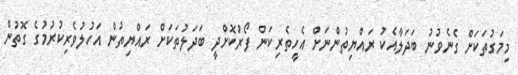
މިމަގުތަކަށް ގެނެވުނު ބަދަލާއެކު ރައްޔިތުންނަށް އެހީތެރިކަން ފޯރުކޮށްދީ ބަދަލުތަކަށް ރައްޔިތުން އަހުލުވެރިކުރުމުގެ ގޮތުން